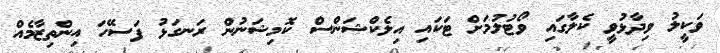
ވަކީލު ވިދާޅުވީ ކެލާގައި ވޯޓުލުމަށް ޓަކައި އިލެކްޝަންސް ކޮމިޝަނުން ރަނގަޅު ފަސޭހަ އިންތިޒާމެއް